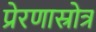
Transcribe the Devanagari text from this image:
प्रेरणास्रोत्र